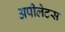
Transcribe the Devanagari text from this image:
अपीलेटस